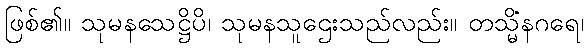
ဖြစ်၏။ သုမနသေဋ္ဌိပိ၊ သုမနသူဌေးသည်လည်း။ တသ္မိံနဂရေ၊